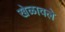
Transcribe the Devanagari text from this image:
खेळावले